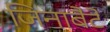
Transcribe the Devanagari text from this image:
जिनाबैटे